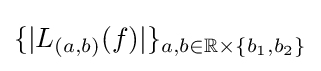
\{|L_{(a,b)}(f)|\}_{a,b\in \mathbb {R} \times \{b_{1},b_{2}\}}